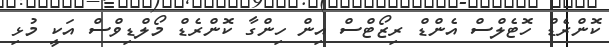
ކޮންރެޑް ހޮޓެލްސް އެންޑް ރިޒޯޓްސް އިން ހިންގާ ކޮންރެޑް މޯލްޑިވްސް އަކީ މުޅި